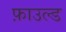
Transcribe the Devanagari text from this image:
फ़ाउल्ड